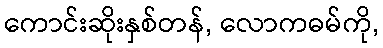
ကောင်းဆိုးနှစ်တန်, လောကဓမ်ကို,